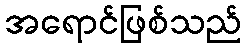
အရောင်ဖြစ်သည်